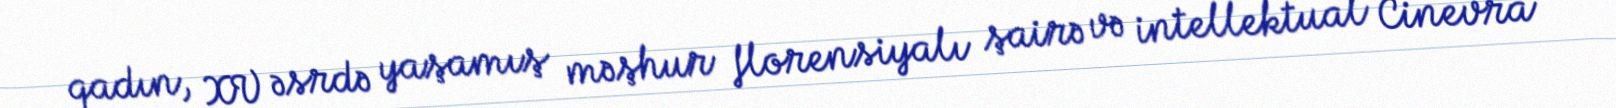
qadın, XV əsrdə yaşamış məşhur florensiyalı şairə və intellektual Cinevra